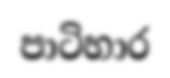
පාටිහාර